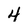
Character: 4